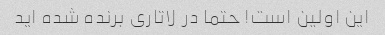
این اولین است! حتما در لاتاری برنده شده اید